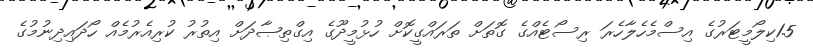
1.5ކިލޯމީޓަރުގެ އިސްމެހެލާހެރަ ރިސޯޓެއްގެ ގޮތަށް ތަރައްގީކޮށް ހުޅުމީދޫގެ އިގްތިޞާދަށް އިތުރު ކުރިއެރުމެއް ހޯދައިދިނުމުގެ